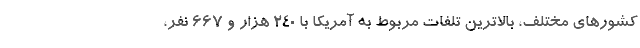
کشورهای مختلف، بالاترین تلفات مربوط به آمریکا با ۲۴۰ هزار و ۶۶۷ نفر،